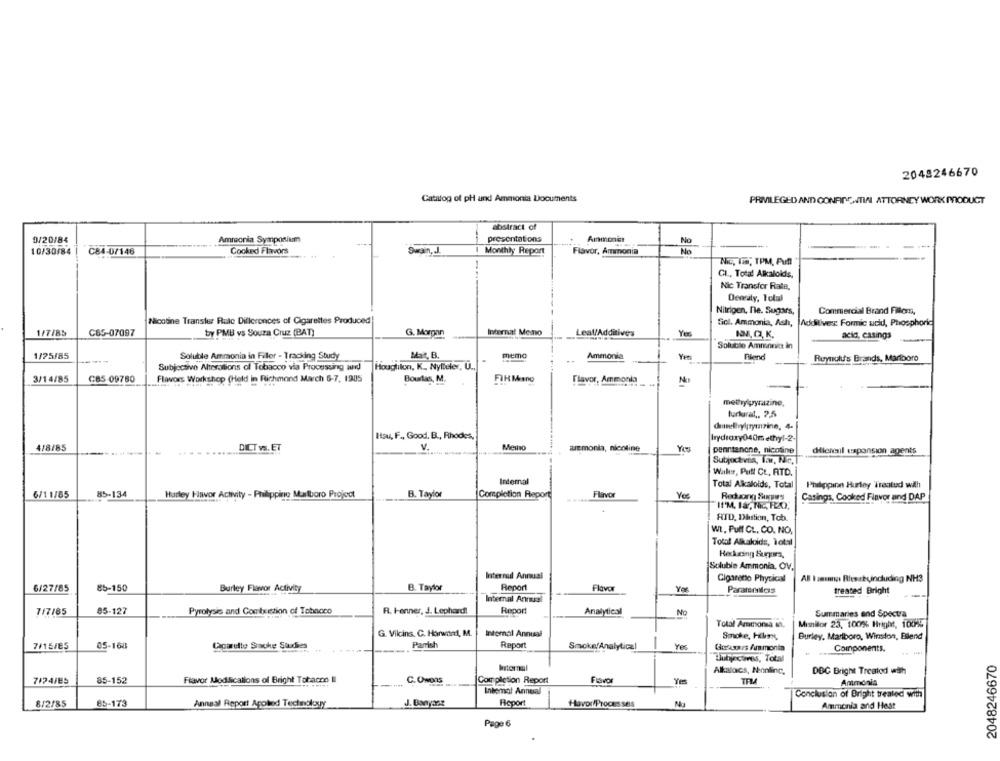
2048246670
Catalog of pH und Ammonia Documents
PRIVILEGED AND CONFIDENTIAL ATTORNEY WORK MODUCT
abstract of
presentations
Ammonit
0/20/84
Ammonia Symposium
No
10/30/84|
C84-07146
Cooked Flavors
Swain, J.
Monthly Report
Flavor, Ammonia
No
--
-
Nic, Ti, TPM, Full
CL, Total Alkaloids,
Nic Transfer Rate,
Denaly, Tolal
Nitrigen, De. Sugars,
Commercial Brand Fiors,
Nicotine Transter Rule Dillerences of Cigarettes Produced
Sicl. Ammonia, Ash,
Additives: Formic acid, Phosphoric
1/7/85
C65-07097
by PMB vs Souza Cruz (BAT)
G. Morgan
Internal Memo
Leal/Additives
134,02. K.
acid, casings
Soluble Ammonia In
1/25/85
Soluble Ammonia in Filler - Tracking Study
Mat B.
memo
Ammonia
Blend
Ruynul's Brands, Marlboro
Subjective Alterations of Tobacco via Processing and
Hougtilon. K ., Nylleler, U.
3/14/85
CBS 09780
Flavors Workshop (Held in Richmond March 6-7, 1905
Bourlas, M.
FIR Mano
Flavor, Ammonia
No
methylpyrazine,
turlurat .. 2,5
Itsu, F ., Good, B ., Rhodes,
hydroxy040methyl-2-
4/8/85
DICT vs. ET
V
Memo
aremonta, nicoline
penntanone, nicotine
Hieresl expansion agents
Subjectvia, low, Nic,
Walls, Puff CL, ATD.
Internal
Total Alkaloids, Total
Philippinn Hurley Treatud wilh
6/11/85
85-134
Hurley Flavor Achvity - Philippine Marlboro Project
B. Taylor
Completion Report
Flavor
Reduong Surses
Casings, Cooked Flavor and DAP
I'M IN, NE, FEO.
RID, Diustion, Tob.
WI, Pull CL, CO. NO.
Total Alkakids, Total
Reducing Burgers,
Soluble Ammonia, OV.
Internal Annual
Cigaretto Physical
6/27/85
85-150
Burley Flavor Activity
B. Taylor
Report
Flavor
Pararmilors
treated Bright
Internal Annual
85-127
Pyrolysis and Combustion of Tobacco
R. Henner, J. Lephard!
Report
Analytical
717185
No
Summaries and Spectra
Total Ammorsa in.
Misnilor 23, 100% Bright, 1004℃
G. Vilcins. C. Harwatnd, M.
Internal Annual
Smoke, Hur,
Burley, Marlboro, Winston, Blend
7/15/85
05-168
Cparte Smoke Studies
Parrish
Report
SmokefAnalytical
Components.
Liuhecares, Total
2048246670
Alkalocs, Nonling,
DBC Bright Treated with
7124/85
85-152
Flavor Modifications of Bright Tobacco I
C. Owons
Completion Report
Yes
Ammonia
Inbemal Annual
Conclusion of Bright treated with
8/2/85
85-173
Annesi Report Applied Technology
J. Banyaat
Report
Hovor/Processes
Na
Ammonia and Heat
Page 6